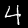
Digit: 4